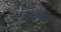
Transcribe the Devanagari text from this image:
ठुपकाशिवाय